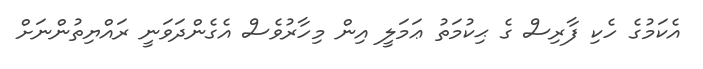
އެކަމުގެ ހެކި ފާރިސް ގެ ޙިކުމަތު ޢަމަލީ އިން މިހާރުވެސް އެގެންދަވަނީ ރައްޔިތުންނަށް